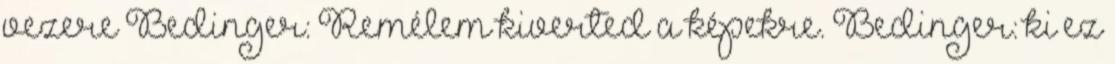
vezere Bedinger: Remélem kiverted a képekre. Bedinger: ki ez